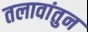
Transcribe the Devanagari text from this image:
तलावांतुन